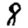
Digit: 8